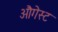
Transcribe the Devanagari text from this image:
औगेस्ट